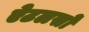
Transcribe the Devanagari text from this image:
ऐटलसों